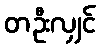
တဦးလျှင်